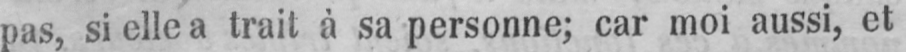
pas, si elle a trait à sa personne; car moi aussi, et